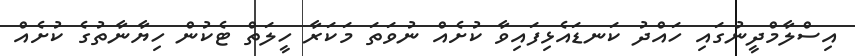
އިސްލާމްދީނުގައި ހައްދު ކަނޑައެޅިފައިވާ ކުށެއް ނުވަތަ މަކަރާ ހީލަތް ޓެކުން ހިޔާނާތުގެ ކުށެއް